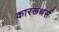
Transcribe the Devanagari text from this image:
काररूथर्स